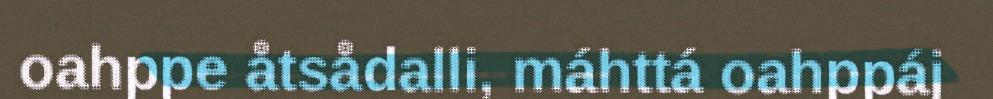
oahppe åtsådalli, máhttá oahppáj